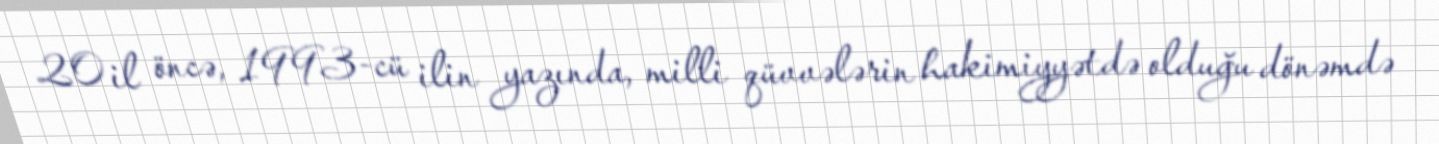
20 il öncə, 1993-cü ilin yazında, milli qüvvələrin hakimiyyətdə olduğu dönəmdə